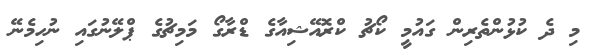
މި ދެ ކުޅުންތެރިން ގައުމީ ކޯޗު ކްރޮއޭޝިއާގެ ޑްރާގޯ މަމިޗުގެ ޕްލޭނުގައި ނުހިމެނޭ